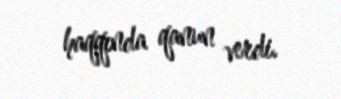
haqqında qanun verdi.